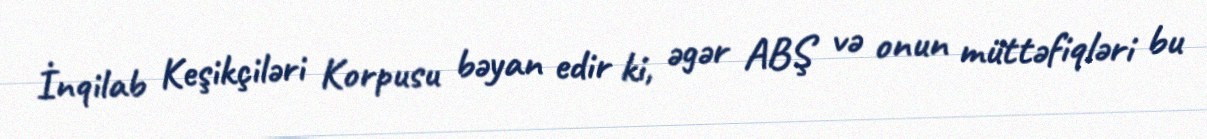
İnqilab Keşikçiləri Korpusu bəyan edir ki, əgər ABŞ və onun müttəfiqləri bu